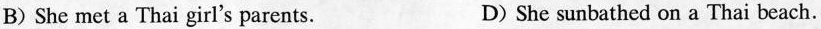
B) She met a Thai girl's parents. D) She sunbathed on a Thai beach.